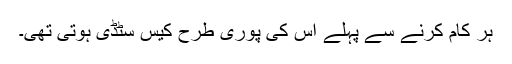
ہر کام کرنے سے پہلے اس کی پوری طرح کیس سٹڈی ہوتی تھی۔